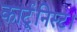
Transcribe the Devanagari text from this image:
कार्टूनिस्ट।